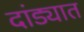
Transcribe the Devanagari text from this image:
दांड्यात